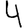
Digit: 4